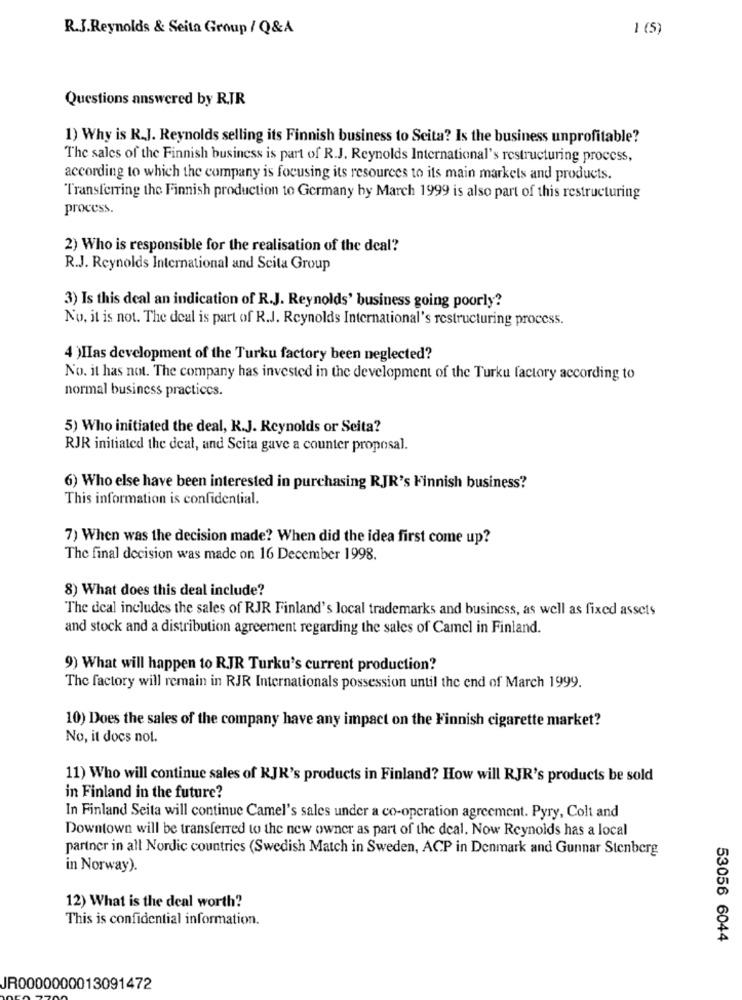
R.J.Reynolds & Seita Group / Q&A
1 (5)
Questions answered by R.TR
1) Why is R.J. Reynolds selling its Finnish business to Seita? Is the business unprofitable?
The sales of the Finnish business is part of R.J. Reynolds International's restructuring process,
according to which the company is focusing its resources to its main markets and products.
Transferring the Finnish production to Germany by March 1999 is also part of this restructuring
process.
2) Who is responsible for the realisation of the deal?
R.J. Reynolds International and Scita Group
3) Is this deal an indication of R.J. Reynolds' business going poorly?
No, it is not. The deal is part of R.J. Reynolds International's restructuring process.
4 )IIas development of the Turku factory been neglected?
No. it has not. The company has invested in the development of the Turku factory according to
normal business practices.
5) Who initiated the deal, K.J. Reynolds or Seita?
RJR initiated the deal, and Scita gave a counter proposal.
6) Who else have been interested in purchasing RJR's Finnish business?
This information is confidential.
7) When was the decision made? When did the idea first come up?
The final decision was made on 16 December 1998.
8) What does this deal include?
The deal includes the sales of RJR Finland's local trademarks and business, as well as fixed assets
and stock and a distribution agreement regarding the sales of Camel in Finland.
9) What will happen to RJR Turku's current production?
The factory will remain in RJR Internationals possession until the end of March 1999.
10) Does the sales of the company have any impact on the Finnish cigarette market?
No, it does not.
11) Who will continue sales of KJK's products in Finland? How will RJR's products be sold
in Finland in the future?
In Finland Seita will continue Camel's sales under a co-operation agreement. Pyry, Colt and
Downtown will be transferred to the new owner as part of the deal. Now Reynolds has a local
partner in all Nordic countries (Swedish Match in Sweden, ACP in Denmark and Gunnar Stenberg
in Norway).
12) What is the deal worth?
This is confidential information.
53056 6044
JR0000000013091472